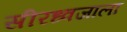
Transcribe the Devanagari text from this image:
सीरध्वजाला